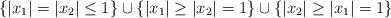
LaTeX: \begin{align*}\{|x_1| = |x_2| \leq 1\}\cup\{|x_1| \geq |x_2|=1\} \cup \{|x_2| \geq |x_1| = 1\}\end{align*}